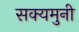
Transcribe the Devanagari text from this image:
सक्यमुनी